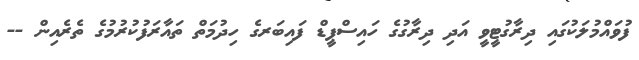
ފުވައްމުލަކުގައި ދިރާގުޓީވީ އަދި ދިރާގުގެ ހައިސްޕީޑް ފައިބަރގެ ހިދުމަތް ތައާރަފުކުުރުމުގެ ތެރެއިން --